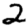
Digit: 2